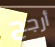
أرجح